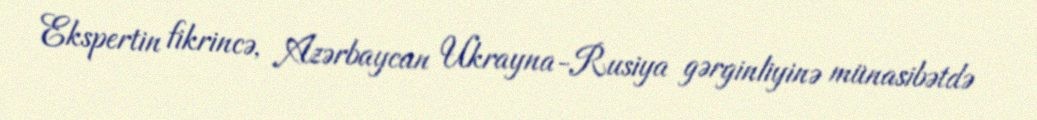
Ekspertin fikrincə, Azərbaycan Ukrayna-Rusiya gərginliyinə münasibətdə